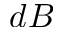
d B